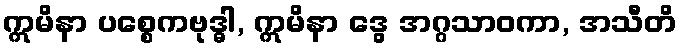
ဣမိနာ ပစ္စေကဗုဒ္ဓါ, ဣမိနာ ဒွေ အဂ္ဂသာဝကာ, အသီတိ